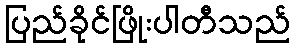
ပြည်ခိုင်ဖြိုးပါတီသည်